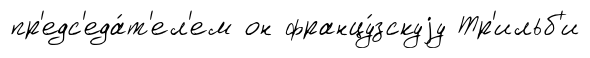
пр'едс'еда́т'ел'ем он францу́зскуjу Тр'ильб'и